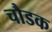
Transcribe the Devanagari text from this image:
चौडक